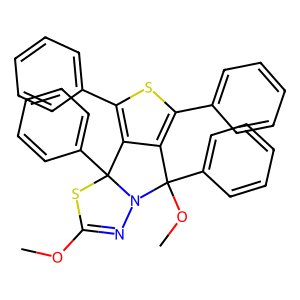
SMILES: COC1=NN2C(OC)(c3ccccc3)c3c(-c4ccccc4)sc(-c4ccccc4)c3C2(c2ccccc2)S1
Inhibits HIV replication: No